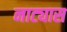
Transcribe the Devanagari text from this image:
नाट्यास